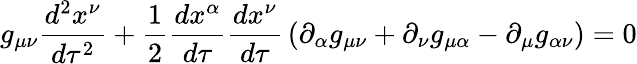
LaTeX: g_{\mu\nu}{\frac{d^{2}x^{\nu}}{d\tau^{2}}}+{\frac{1}{2}}{\frac{dx^{\alpha}}{d\tau}}{\frac{dx^{\nu}}{d\tau}}\left(\partial_{\alpha}g_{\mu\nu}+\partial_{\nu}g_{\mu\alpha}-\partial_{\mu}g_{\alpha\nu}\right)=0